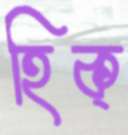
হিক্